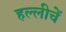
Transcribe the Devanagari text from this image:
हल्लीचें